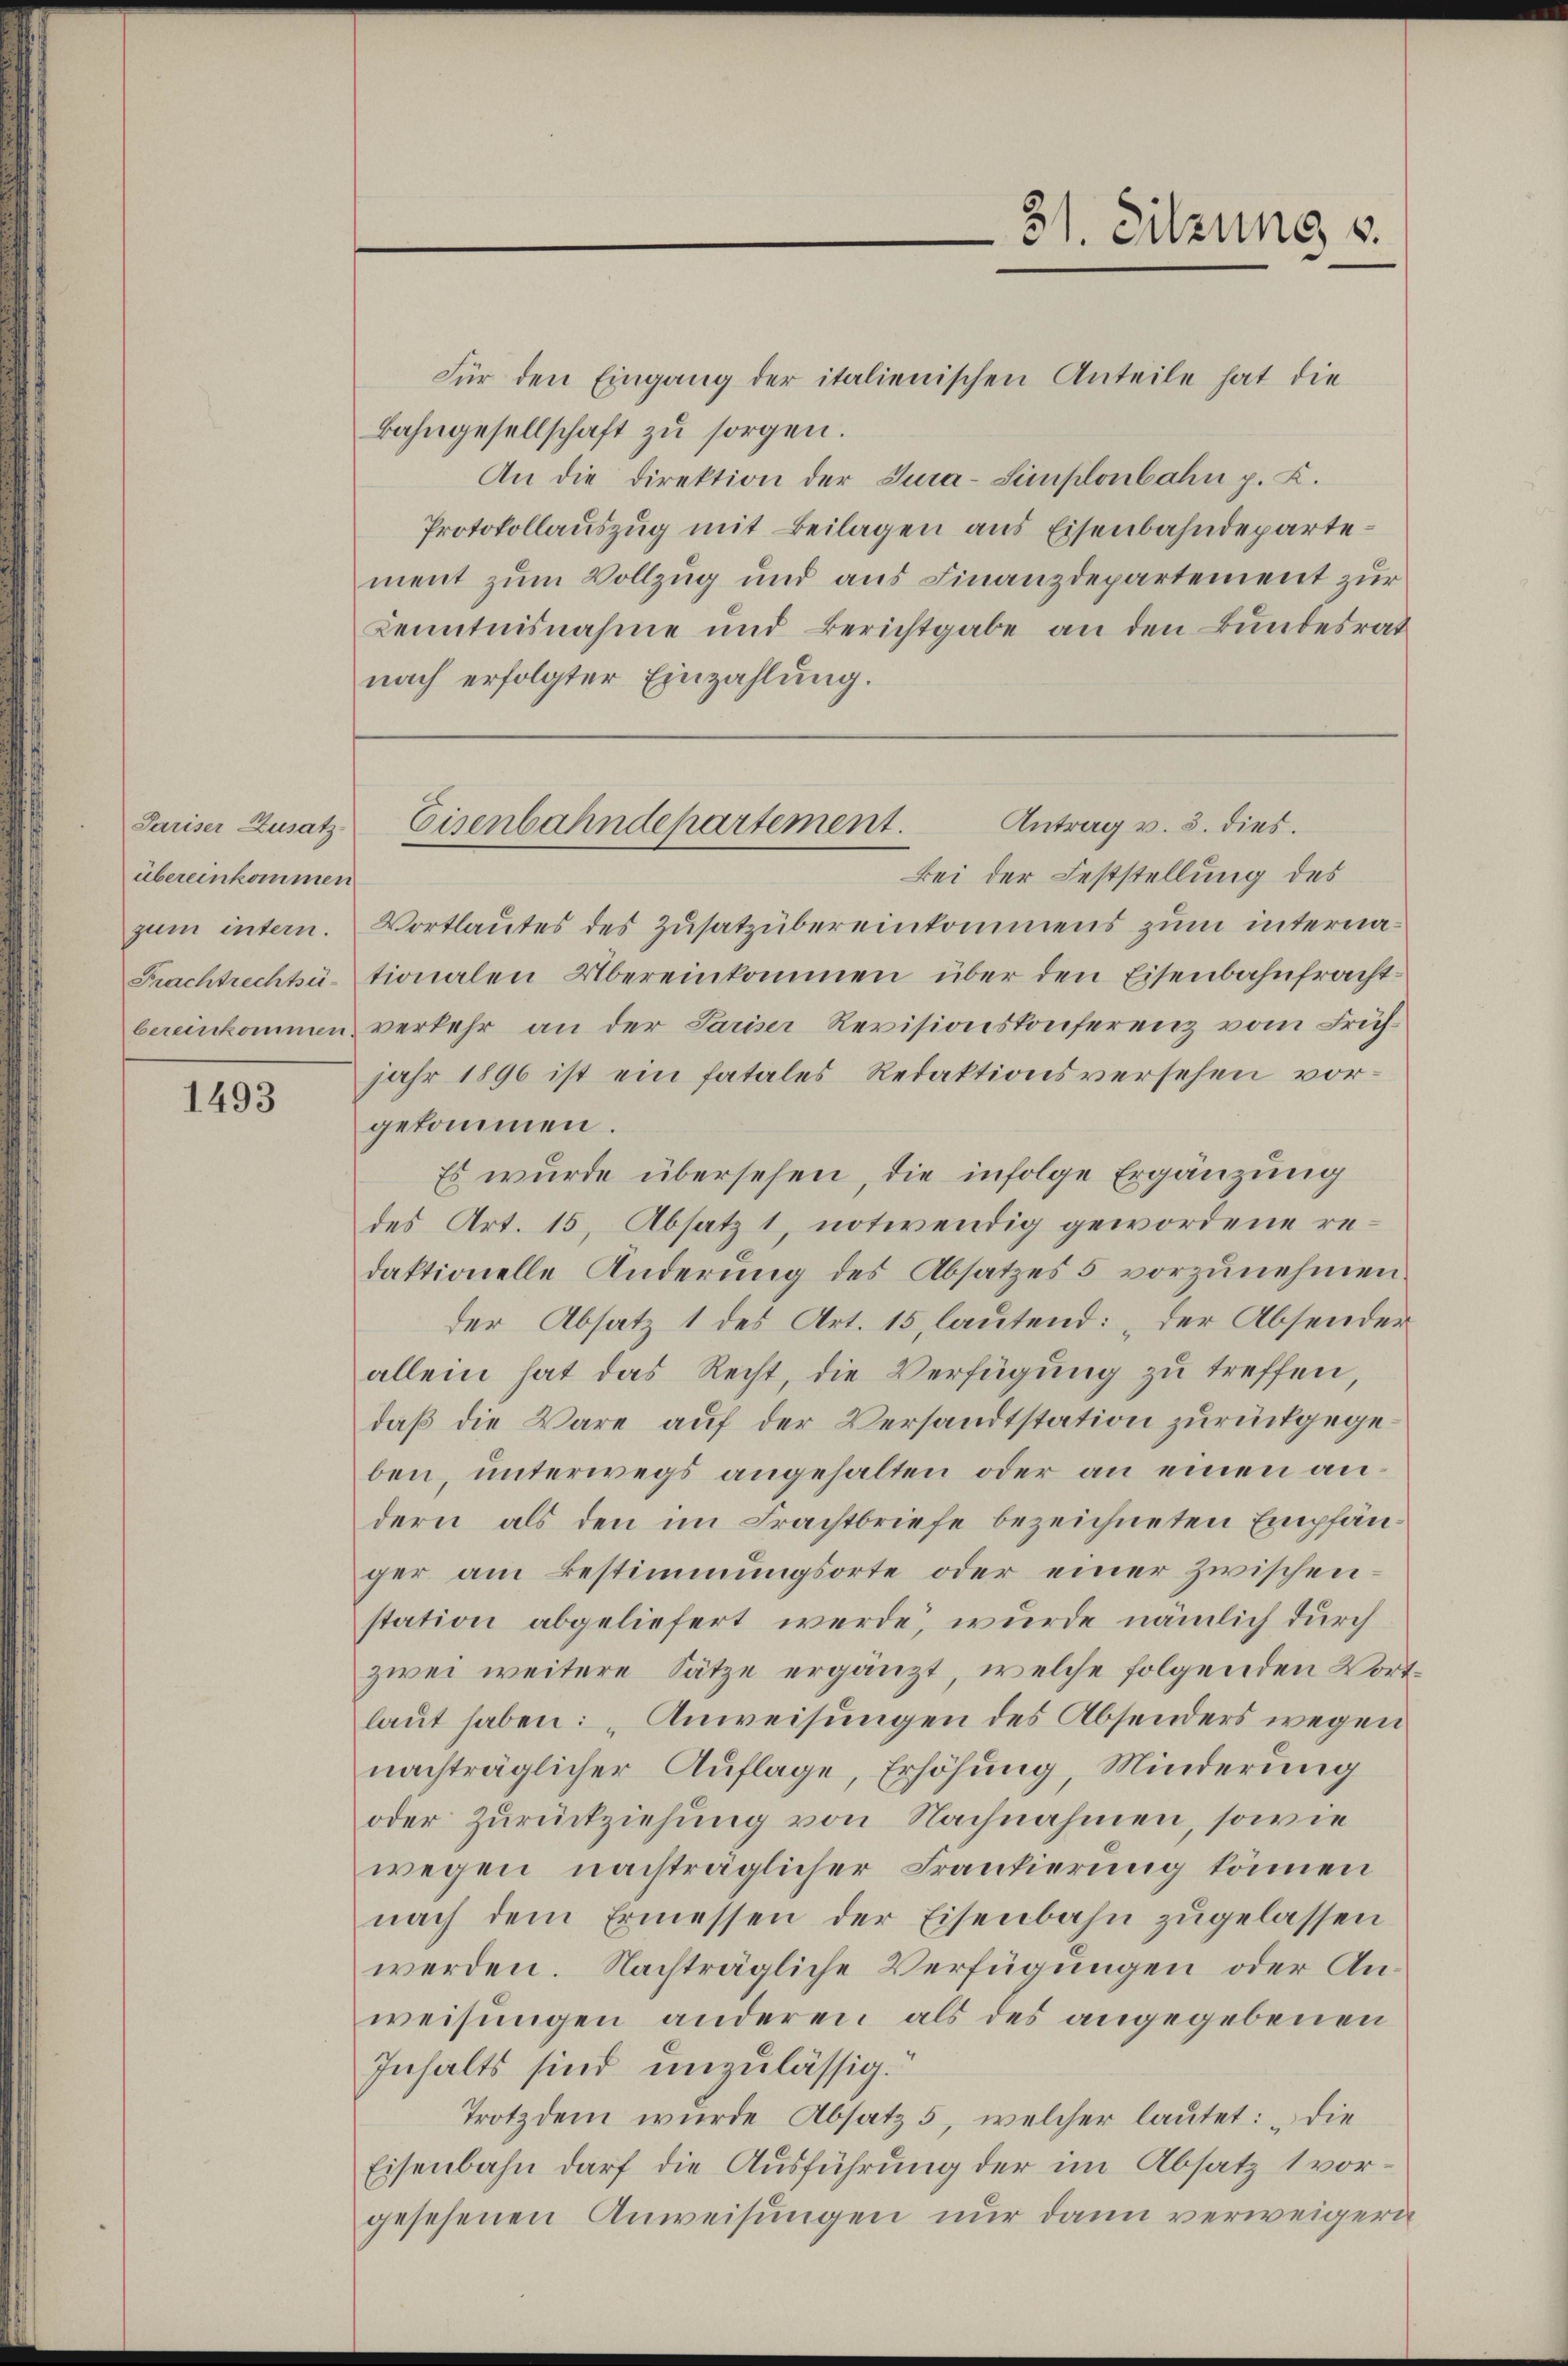
Pariser Zusatz-
übereinkommen
bereinkommen.

1493

Für den Eingang der italienischen Anteile hat die
Bahngesellschaft zu sorgen.
An die Direktion der Tura-Simplonbahn p. K.
Protokollauszug mit Beilagen aus Eisenbahndepartement zum Vollzug und aus Finanzdepartement zur
Kenntnisnahme und Berichtgabe an den Bundesrat
nach erfolgter Einzahlung.
Bei der Feststellung des
zum intern. Vortlautes des Zusatzübereinkommens zum interna¬
Frachtrechtü- tionalen Übereinkommen über den Eisenbahnfracht-
verkehr an der Pariser Revisionskonferenz vom Frühjahr 1896 ist ein fatales Redaktionsversehen vor-
gekommen.
Es wurde übersehen, die infolge Ergänzung
des Art. 15, Absatz 1, notwendig gewordene redaktionelle Anderŭng des Absatzes 5 vorzŭnehmen.
der Absatz 1 des Art. 15, lautend: „der Absenderallein hat das Recht, die Verfügung zu treffen,
daß die Wäre auf der Versandtstation zurückgegeben, unterwegs angehalten oder an einen andern als den im Frachtbriefe bezeichneten Empfänger am Bestimmungsorte oder einer zwischenstation abgeliefert werde, wurde nämlich durch
zwei weitere Sätze ergänzt, welche folgenden Wortlaut haben: „Anweisungen des Absenders wegen
nachträglicher Auflage, Erhöhung, Minderung
oder Zurückziehung von Nachnahmen, sowie
wegen nachträglicher Frankierung können
nach dem Ermessen der Eisenbahn zŭgelassen
werden. Nachträgliche Verfügungen oder Anweisungen anderen als des angegebenen
Inhalts sind unzulässig.
Trotzdem wurde Absatz 5, welcher lautet: „Die
Eisenbahn darf die Ausführung der im Absatz 1 vorgesehenen Anweisungen nur dann verweigern

31. Sitzung s.

Antrag v. 3. dies.
Eisenbahndepartement.